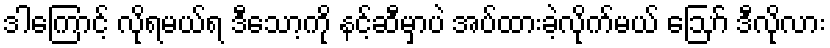
ဒါကြောင့် လိုရမယ်ရ ဒီသော့ကို နင့်ဆီမှာပဲ အပ်ထားခဲ့လိုက်မယ် ဪ ဒီလိုလား